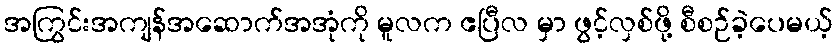
အကြွင်းအကျန်အဆောက်အအုံကို မူလက ဧပြီလ မှာ ဖွင့်လှစ်ဖို့ စီစဉ်ခဲ့ပေမယ့်